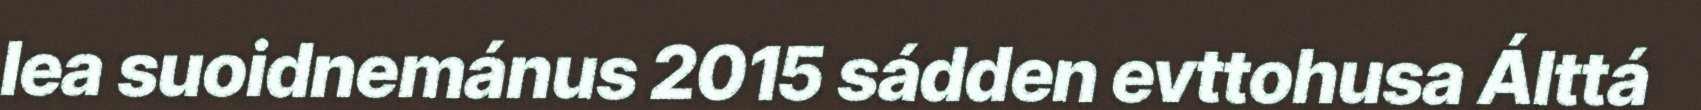
lea suoidnemánus 2015 sádden evttohusa Álttá